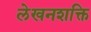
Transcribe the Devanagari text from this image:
लेखनशक्ति